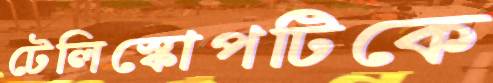
টেলিস্কোপটিকে